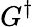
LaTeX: G^{\dagger}